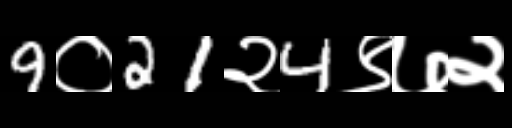
Text: 9०21२4९७२